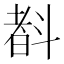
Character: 𣂃